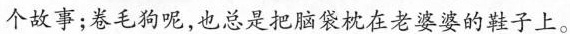
个故事；卷毛狗呢，也总是把脑袋枕在老婆婆的鞋子上。